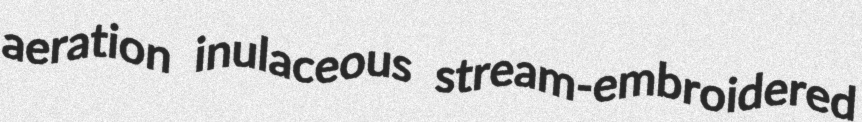
aeration inulaceous stream-embroidered